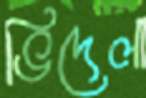
ভিদেলা